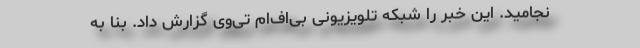
نجامید. این خبر را شبکه تلویزیونی بی‌اف‌ام تی‌وی گزارش داد. بنا به